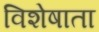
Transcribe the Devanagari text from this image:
विशेषाता